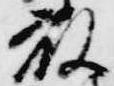
藤